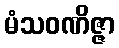
မံသဝဏိဇ္ဇာ